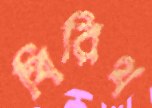
থিরিথ